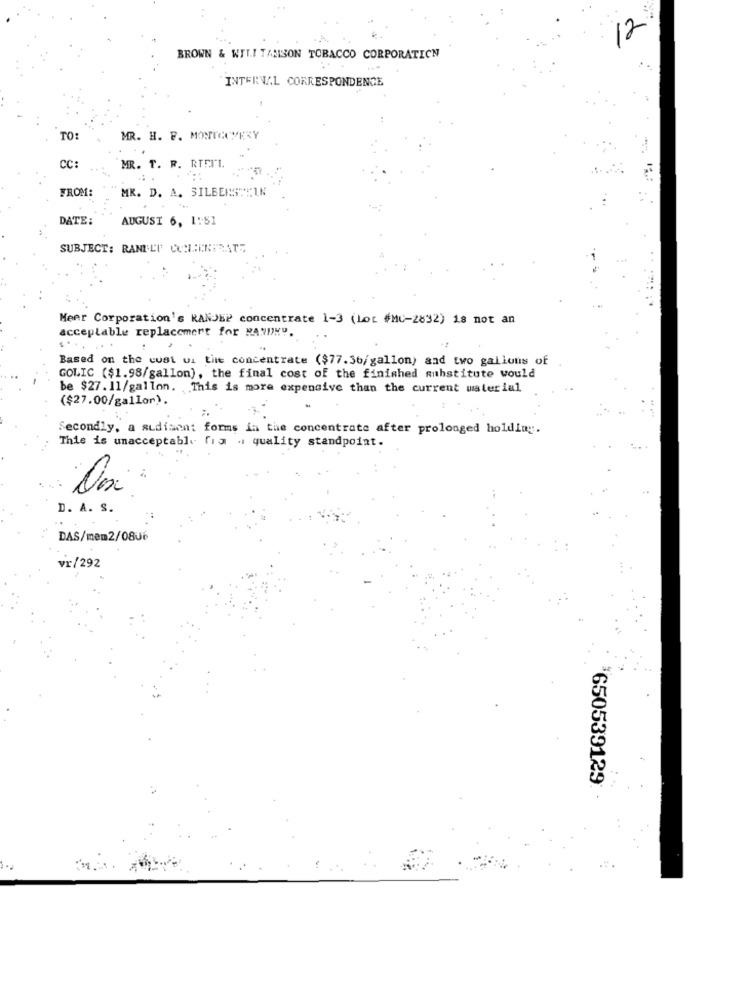
12
BROWN & WIT.I TAMSON TOBACCO CORPORATION
INTERVAL CORRESPONDENCE
TO:
MR. H. P. MONTGOMERY
CC:
MR. T. R. RTFI'I.
FROM:
MK. D. A. SILBERSTEIN
DATE:
AUGUST 6, 1:51
SUBJECT: RANELT CONCENTRATE
Meer Corporation's KANJEP concentrate 1-3 (Lot #MU-2832) 18 not an
acceptable replacemert for RANDKY.
Based on the cust us tite concentrate ($77.36/gallon) and two gallons of
GOLIC ($1.98/gallon), the final cost of the finished substitute would
be $27. 11/gallon. This is more expensive than the current material
($27.00/gallon).
Secondly, a sudisent forms in the concentrate after prolonged holding.
This is unacceptable fia . quality standpoint.
D. A. S.
DAS/mem2/0806
vr/292
650539129: